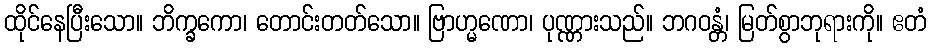
ထိုင်နေပြီးသော။ ဘိက္ခကော၊ တောင်းတတ်သော။ ဗြာဟ္မဏော၊ ပုဏ္ဏားသည်။ ဘဂဝန္တံ၊ မြတ်စွာဘုရားကို။ ဧတံ